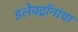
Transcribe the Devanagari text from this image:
इलेक्ट्रॉनांचा